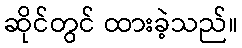
ဆိုင်တွင် ထားခဲ့သည်။